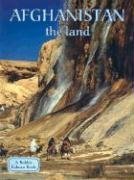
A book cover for Afghanistan: The Land (Lands, Peoples, and Cultures); Erinn Banting; Travel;